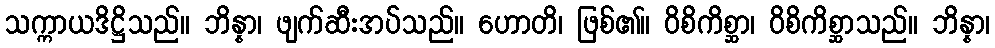
သက္ကာယဒိဋ္ဌိသည်။ ဘိန္နာ၊ ဖျက်ဆီးအပ်သည်။ ဟောတိ၊ ဖြစ်၏။ ဝိစိကိစ္ဆာ၊ ဝိစိကိစ္ဆာသည်။ ဘိန္နာ၊